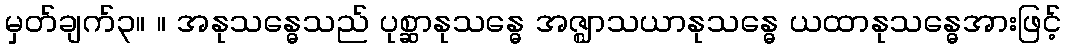
မှတ်ချက်၃။ ။ အနုသန္ဓေသည် ပုစ္ဆာနုသန္ဓေ အဇ္ဈာသယာနုသန္ဓေ ယထာနုသန္ဓေအားဖြင့်